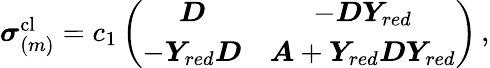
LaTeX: \begin{array}{r}{\boldsymbol{\sigma}_{(m)}^{\mathrm{cl}}=c_{1}\left(\begin{array}{cc}{\boldsymbol{D}}&{-\boldsymbol{D}\boldsymbol{Y}_{red}}\\ {-\boldsymbol{Y}_{red}\boldsymbol{D}}&{\boldsymbol{A}+\boldsymbol{Y}_{red}\boldsymbol{D}\boldsymbol{Y}_{red}}\end{array}\right)\, ,}\end{array}